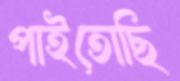
পাইতোছি